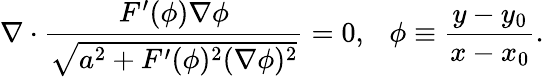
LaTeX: \nabla\cdot\frac{F^{\prime}(\phi)\nabla\phi}{\sqrt{a^{2}+F^{\prime}(\phi)^{2}(\nabla\phi)^{2}}}=0,~~~\phi\equiv\frac{y-y_{0}}{x-x_{0}}.